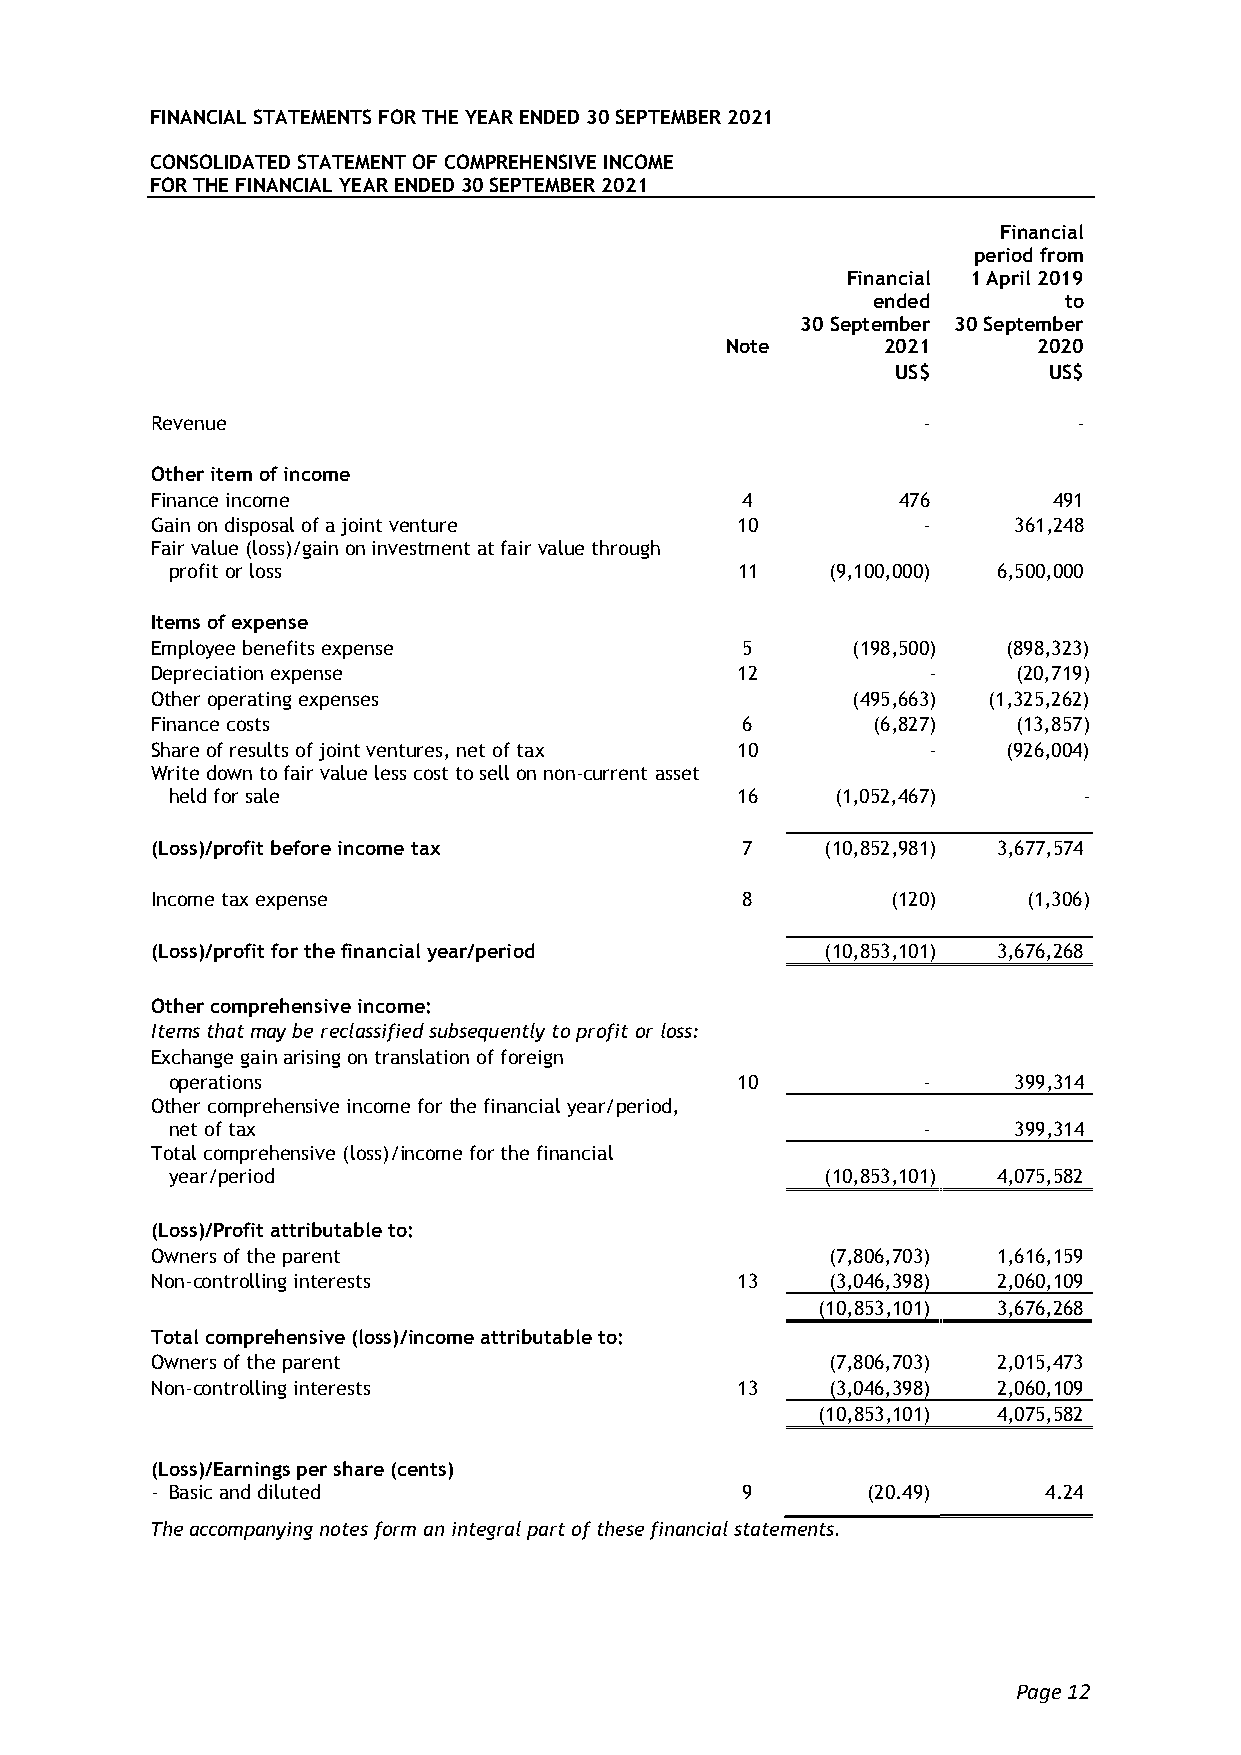
FINANCIAL STATEMENTS FOR THE YEAR ENDED 30 SEPTEMBER 2021
 CONSOLIDATED STATEMENT OF COMPREHENSIVE INCOME
 FOR THE FINANCIAL YEAR ENDED 30 SEPTEMBER 2021
 Financial
 period from
 Financial 1 April 2019
 ended       to
 30 September 30 September
 Note      2021       2020
 US$       US$
 Revenue                                            -         -
 Other item of income
 Finance income                         4         476        491
 Gain on disposal of a joint venture    10          -     361,248
 Fair value (loss)/gain on investment at fair value through
 profit or loss                        11    (9,100,000) 6,500,000
 Items of expense
 Employee benefits expense              5      (198,500)  (898,323)
 Depreciation expense                   12          -     (20,719)
 Other operating expenses                      (495,663) (1,325,262)
 Finance costs                          6        (6,827)  (13,857)
 Share of results of joint ventures, net of tax 10  -     (926,004)
 Write down to fair value less cost to sell on non-current asset
 held for sale                         16    (1,052,467)      -
 (Loss)/profit before income tax        7     (10,852,981) 3,677,574
 Income tax expense                     8         (120)    (1,306)
 (Loss)/profit for the financial year/period  (10,853,101) 3,676,268
 Other comprehensive income:
 Items that may be reclassified subsequently to profit or loss:
 Exchange gain arising on translation of foreign
 operations                            10          -     399,314
 Other comprehensive income for the financial year/period,
 net of tax                                        -     399,314
 Total comprehensive (loss)/income for the financial
 year/period                                 (10,853,101) 4,075,582
 (Loss)/Profit attributable to:
 Owners of the parent                         (7,806,703) 1,616,159
 Non-controlling interests              13    (3,046,398) 2,060,109
 (10,853,101) 3,676,268
 Total comprehensive (loss)/income attributable to:
 Owners of the parent                         (7,806,703) 2,015,473
 Non-controlling interests              13    (3,046,398) 2,060,109
 (10,853,101) 4,075,582
 (Loss)/Earnings per share (cents)
 - Basic and diluted                    9       (20.49)     4.24
 The accompanying notes form an integral part of these financial statements.
 Page 12